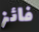
فائز